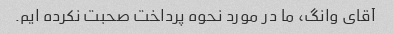
آقای وانگ، ما در مورد نحوه پرداخت صحبت نکرده ایم.